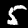
Label: 5